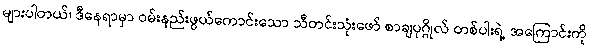
များပါတယ်၊ ဒီနေရာမှာ ဝမ်းနည်းဖွယ်ကောင်းသော သီတင်းသုံးဖော် စာချပုဂ္ဂိုလ် တစ်ပါးရဲ့ အကြောင်းကို